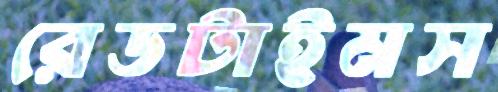
রেডটাইমস